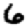
Digit: 6